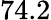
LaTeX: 74.2